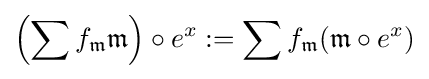
\left(\sum f_{\mathfrak {m}}{\mathfrak {m}}\right)\circ e^{x}:=\sum f_{\mathfrak {m}}({\mathfrak {m}}\circ e^{x})